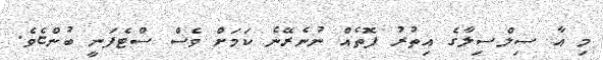
މި އާ ސިލްސިލާގެ އިތުރު ފޮތެއް ނުނެރޭނެ ކަމަށް ވެސް ސްޓެފަނީ ބުންޏެވެ.